Leningradi_Edasi_toimetus, lk 71
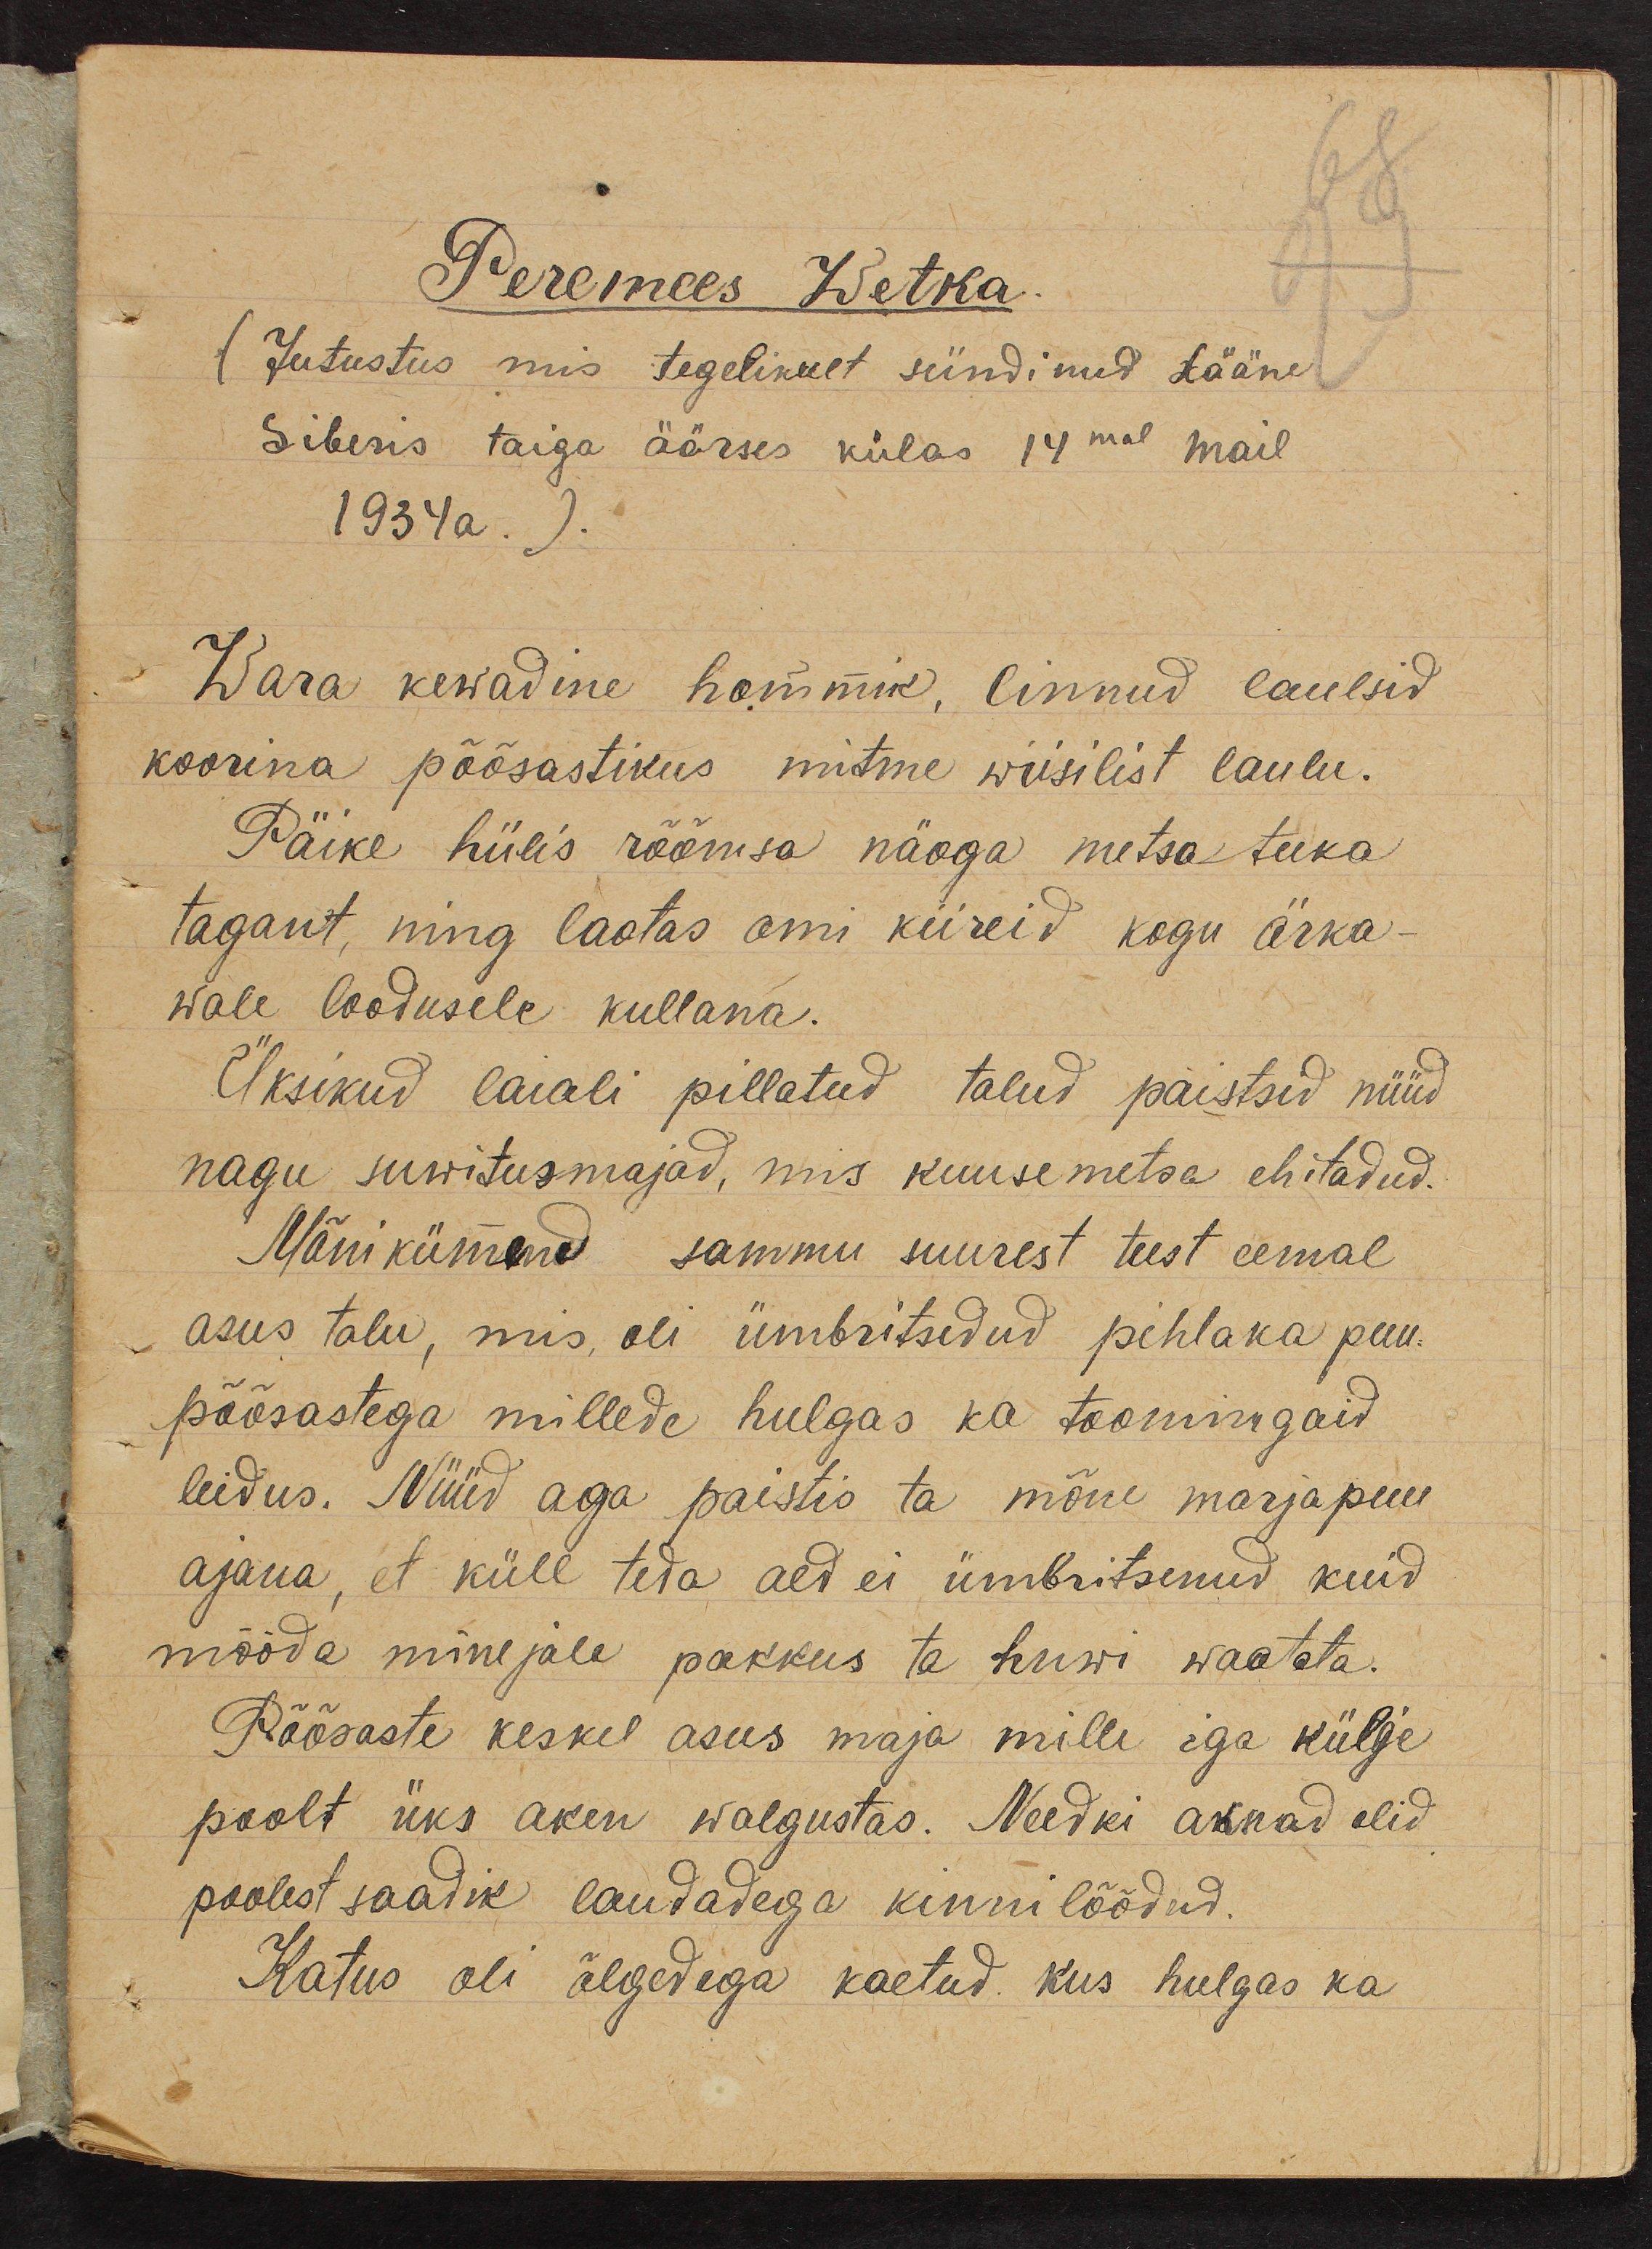
Peremees Wetka.
(Jutustus mis tegelikult sündinud Lääne
Siberis taiga äärses külas 14mal mail
1934a. ).
Wara kewadine hommik, linnud laulsid
koorina põõsastikus mitme wiisilist laulu.
Päike hiilis rõõmsa näoga metsa tuka
tagant, ning laotas omi kiireid kogu ärka-
wale loodusele kullana.
Üksikud laiali pillatud talud paistsid nüüd
nagu suwitusmajad, mis kuusemetsa ehitadud.
Mõnikümend sammu suurest teest eemal
asus talu, mis oli ümbritsedud pihlaka puu.
põõsastega millede hulgas ka toomingaid
leidus. Nüüd aga paistis ta mõne marjapuu
ajana, et küll teda aed ei ümbritsenud kuid
mööda minejale pakkus ta huwi waatata.
Põõsaste keskel asus maja mille iga külje
poolt üks aken walgustas. Needki aknad olid
poolest saadik laudadega kinni löödud.
Katus oli õlgedega kaetud kus hulgas ka